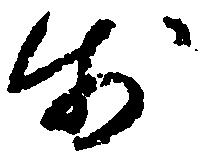
於